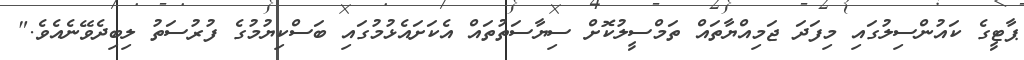
ޕާޓީގެ ކައުންސިލުގައި މިފަދަ ޖަމިއްޔާތައް ތަމްސީލުކޮށް ސިޔާސަތުތައް އެކަށައެޅުމުގައި ބަސްކިޔުމުގެ ފުރުސަތު ލިބިދެވޭނެއެވެ."